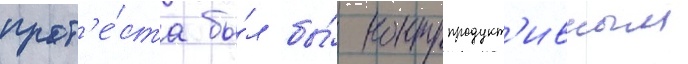
прот'е́ста бы́л бы́ контрпродукт'ивным